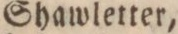
Shawletter,